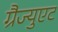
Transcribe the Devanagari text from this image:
ग्रैज्युएट